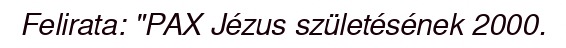
Felirata: "PAX Jézus születésének 2000.